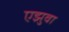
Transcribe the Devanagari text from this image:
एझुवा